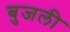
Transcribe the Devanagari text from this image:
बुजली